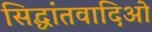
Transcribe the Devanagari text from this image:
सिद्धांतवादिओ